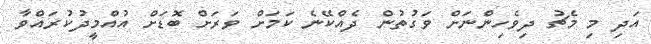
އަދި މި މެޗު ދިވެހިންނަށް ވަގުތުން ދެއްކޭނެ ކަމަށް ވަރަށް ބޮޑަށް އުއްމީދުކުރައްވާ